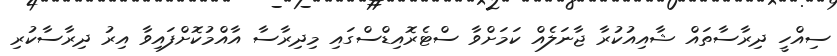
ސިއްހީ ދިރާސާތައް ޝާއިއުކުރާ ޖާނަލެއް ކަމަށްވާ ސްޓެރޮއިޑްސްގައި މިދިރާސާ އާއްމުކޮށްފައިވާ އިރު ދިރާސާކުރި